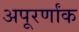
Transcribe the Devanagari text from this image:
अपूरर्णांक